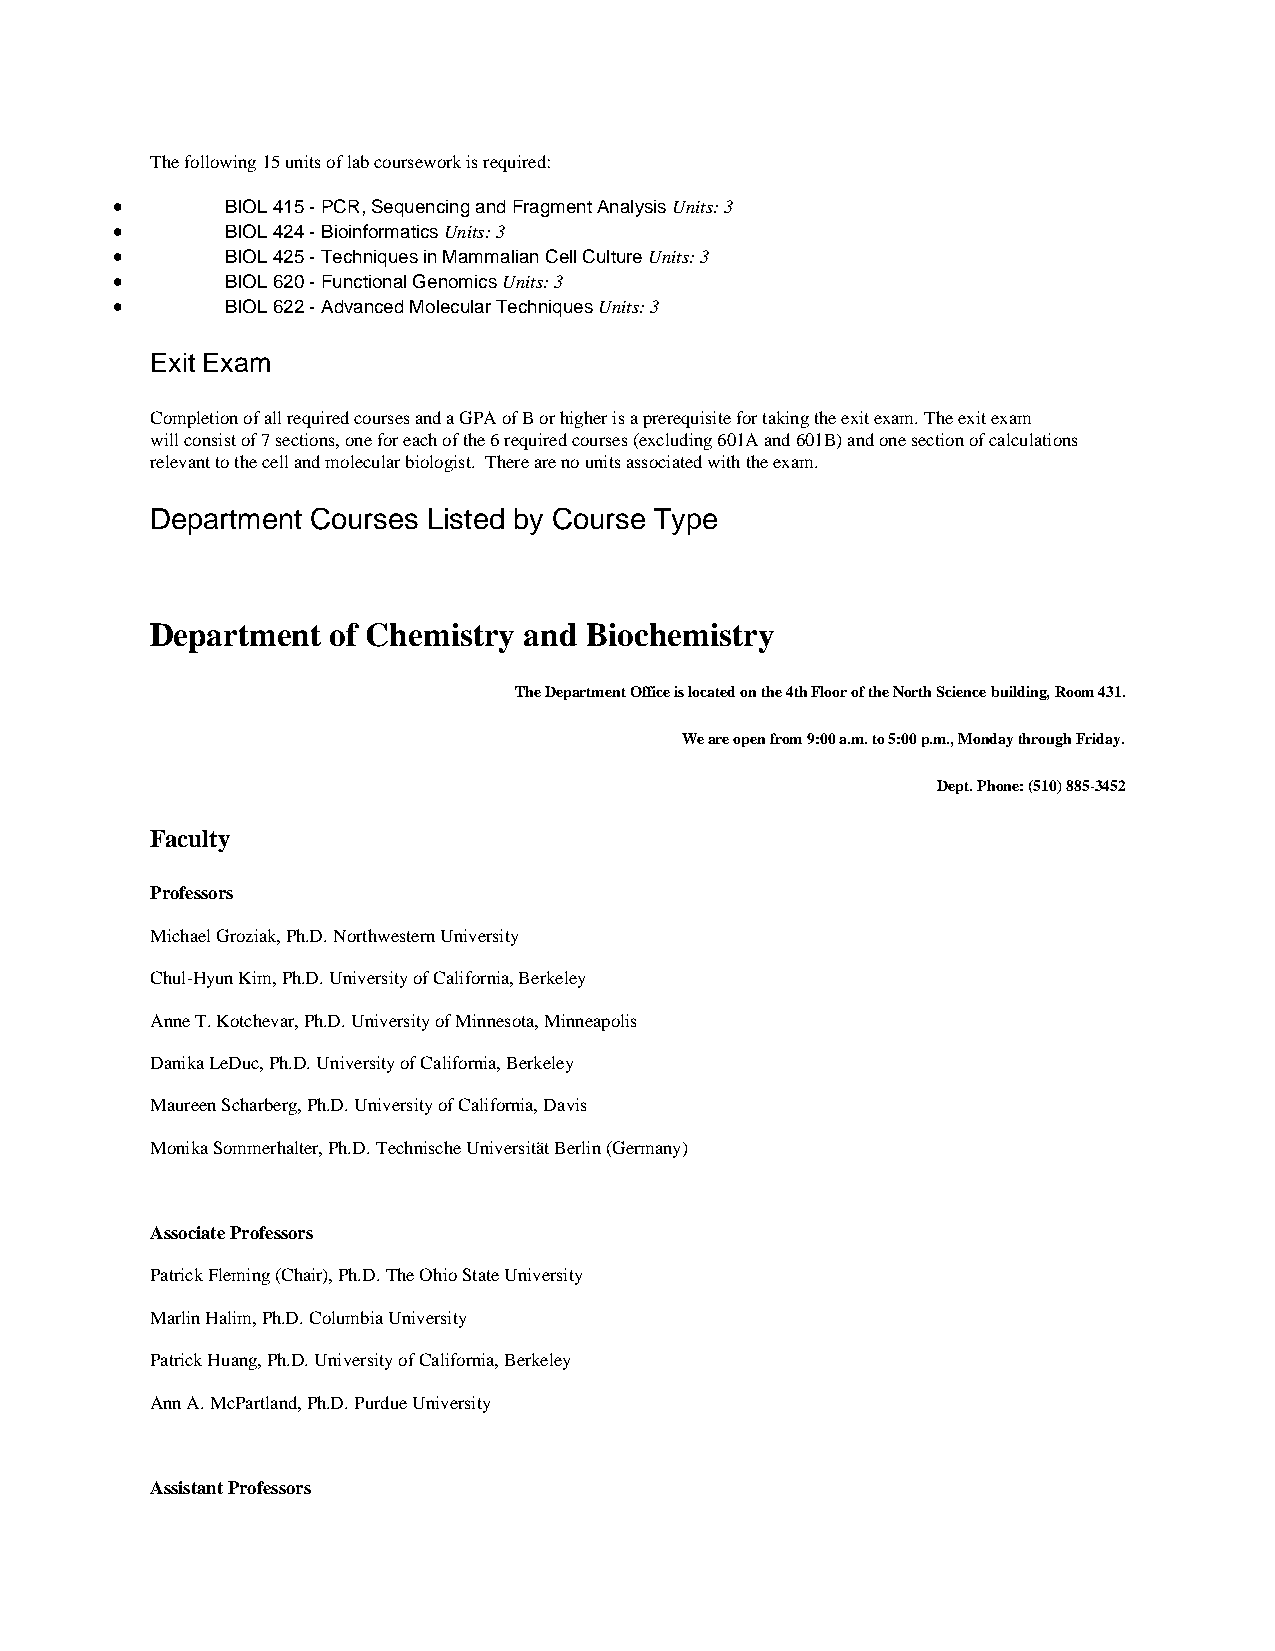
The following 15 units of lab coursework is required:
 •       BIOL 415 - PCR, Sequencing and Fragment Analysis Units: 3
 •       BIOL 424 - Bioinformatics Units: 3
 •       BIOL 425 - Techniques in Mammalian Cell Culture Units: 3
 •       BIOL 620 - Functional Genomics Units: 3
 •       BIOL 622 - Advanced Molecular Techniques Units: 3
 Exit Exam
 Completion of all required courses and a GPA of B or higher is a prerequisite for taking the exit exam. The exit exam
 will consist of 7 sections, one for each of the 6 required courses (excluding 601A and 601B) and one section of calculations
 relevant to the cell and molecular biologist. There are no units associated with the exam.
 Department Courses Listed by Course Type
 Department  of Chemistry and Biochemistry
 The Department Office is located on the 4th Floor of the North Science building, Room 431.
 We are open from 9:00 a.m. to 5:00 p.m., Monday through Friday.
 Dept. Phone: (510) 885-3452
 Faculty
 Professors
 Michael Groziak, Ph.D. Northwestern University
 Chul-Hyun Kim, Ph.D. University of California, Berkeley
 Anne T. Kotchevar, Ph.D. University of Minnesota, Minneapolis
 Danika LeDuc, Ph.D. University of California, Berkeley
 Maureen Scharberg, Ph.D. University of California, Davis
 Monika Sommerhalter, Ph.D. Technische Universität Berlin (Germany)
 Associate Professors
 Patrick Fleming (Chair), Ph.D. The Ohio State University
 Marlin Halim, Ph.D. Columbia University
 Patrick Huang, Ph.D. University of California, Berkeley
 Ann A. McPartland, Ph.D. Purdue University
 Assistant Professors